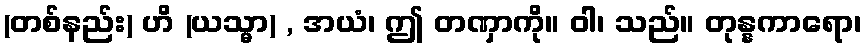
(တစ်နည်း) ဟိ (ယသ္မာ) , အယံ၊ ဤ တဏှာကို။ ဝါ၊ သည်။ တုန္နကာရော၊